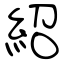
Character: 紹